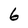
Character: 6